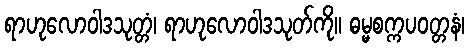
ရာဟုလောဝါဒသုတ္တံ၊ ရာဟုလောဝါဒသုတ်ကို။ ဓမ္မစက္ကပဝတ္တနံ၊